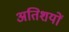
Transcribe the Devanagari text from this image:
अतिशयों